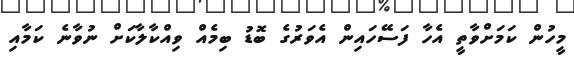
މީހުން ކަމަށްވާތީ އެހާ ފަސޭހައިން އެވަރުގެ ބޮޑު ބިމެއް ވިއްކާލާކަށް ނުވާނެ ކަމާއި